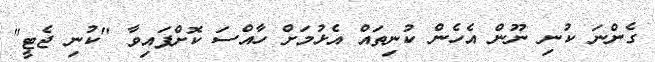
ގެންނަ ކުނި ނޫން އެހެން ކުނިތައް އެޅުމަށް ހާއްސަ ކޮށްފައިވާ "ކުނި ޖެޓީ"